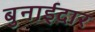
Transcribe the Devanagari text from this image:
बुनाईदार